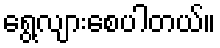
ရွေ့လျားစေပါတယ်။